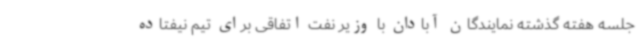
جلسه هفته گذشته نمایندگان آبادان با وزیر نفت اتفاقی برای تیم نیفتاده